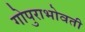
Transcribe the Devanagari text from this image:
गोपुराभोवती